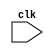
module falling_edge_trigger (
    input wire clk,
    // other input and output ports here
);

// other module declarations here

always @(negedge clk) begin
    // operations to be performed on falling edge of clock
    // synchronous logic functions go here
end

// other module implementations here

endmodule